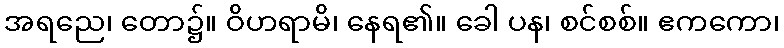
အရညေ၊ တော၌။ ဝိဟရာမိ၊ နေရ၏။ ခေါ ပန၊ စင်စစ်။ ဧကကော၊